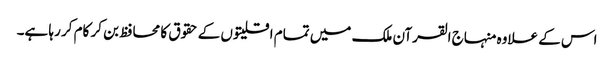
اس کے علاوہ منہاج القرآن ملک میں تمام اقلیتوں کے حقوق کا محافظ بن کر کام کر رہا ہے۔